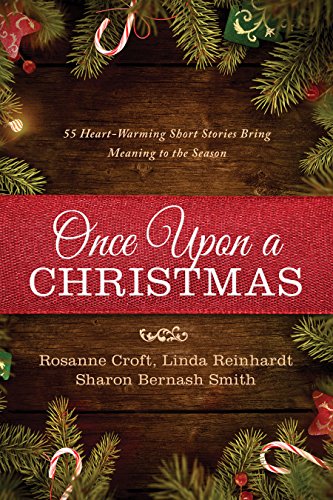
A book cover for Once Upon a Christmas: 55 Heartwarming Short Stories Bring Meaning to the Season; Rosanne Croft; Christian Books & Bibles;